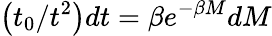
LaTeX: \left(t_{0}/t^{2}\right)dt=\beta e^{-\beta M}dM